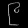
Digit: ၉